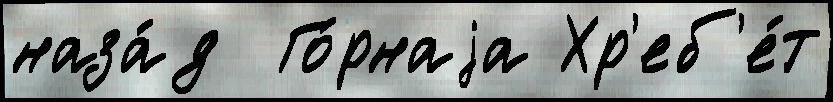
наза́д  Го́рнаjа Хр'еб'е́т